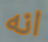
انه